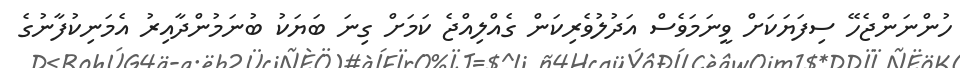
ހުންނަންޖެހޭ ސިފަޔަކަށް ވީނަމަވެސް އަދުލުވެރިކަން ގެއްލިއްޖެ ކަމަށް ގިނަ ބަޔަކު ބުނަމުންދާއިރު އެމަނިކުފާނުގެ